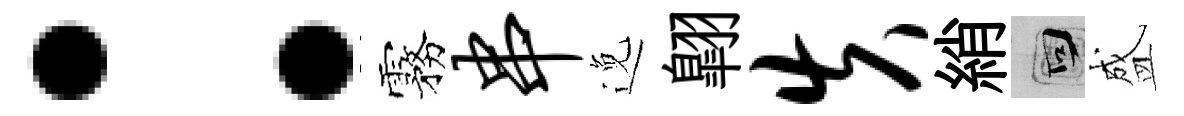
：霧串𨓜翺失綃回盛